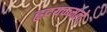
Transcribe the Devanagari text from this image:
हृदयकमले